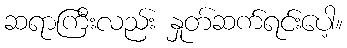
ဆရာကြီးလည်း နှုတ်ဆက်ရင်းပေါ့။